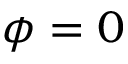
\phi = 0